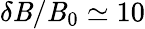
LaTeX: \delta\mathit{B}/\mathit{B}_{0}\simeq10